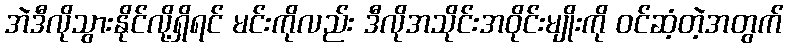
အဲဒီလိုသွားနိုင်လို့ရှိရင် မင်းကိုလည်း ဒီလိုအသိုင်းအဝိုင်းမျိုးကို ဝင်ဆံ့တဲ့အတွက်